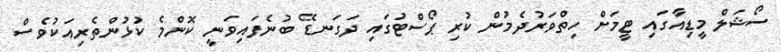
ސޯޝަލް މީޑިއާގައި ޓީމަށް ހިތްވަރުދެމުން ކުރި ޕޯސްޓުގައި ދަގަނޑޭ ބުނެފައިވަނީ ކޮންމެ ކުޅުންތެރިއަކުވެސް